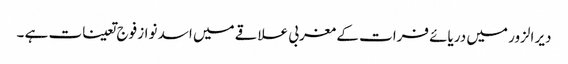
دیر الزور میں دریائے فرات کے مغربی علاقے میں اسد نواز فوج تعینات ہے ۔